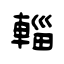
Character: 輜